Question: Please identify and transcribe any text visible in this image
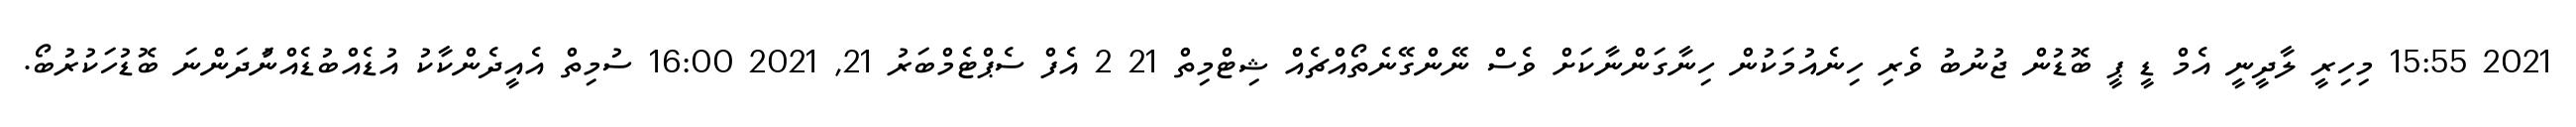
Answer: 2021 15:55 މިހިރީ ލާދީނީ އެމް ޑީ ޕީ ބޮޑުން ޖުނުބު ވެރި ހިނެއުމަކުން ހިނާގަންނާކަށް ވެސް ނޭންގޭނެތޯއްޗެއް ޝިޓްމިތް 21 2 އެފް ސެޕްޓެމްބަރު 21, 2021 16:00 ސުމިތް އެއީދެންކާކު އުޑެއްބުޑެއްނުަދަންނަ ބޮޑުހަކުރުބޯ.